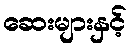
ဆေးများနှင့်